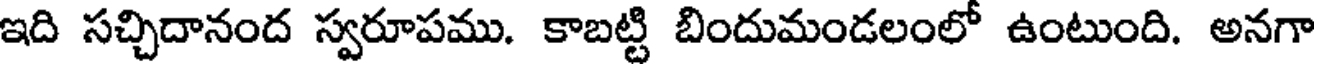
ఇది సచ్చిదానంద స్వరూపము. కాబట్టి బిందుమండలంలో ఉంటుంది. అనగా